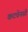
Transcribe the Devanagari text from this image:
कटचेनसी